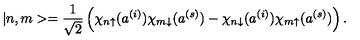
| n , m > = \frac { 1 } { \sqrt { 2 } } \left( \chi _ { n \uparrow } ( a ^ { ( i ) } ) \chi _ { m \downarrow } ( a ^ { ( s ) } ) - \chi _ { n \downarrow } ( a ^ { ( i ) } ) \chi _ { m \uparrow } ( a ^ { ( s ) } ) \right) .